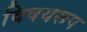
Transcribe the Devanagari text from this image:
विषयरूप